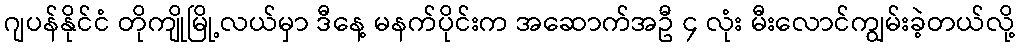
ဂျပန်နိုင်ငံ တိုကျိုမြို့လယ်မှာ ဒီနေ့ မနက်ပိုင်းက အဆောက်အဦ ၄ လုံး မီးလောင်ကျွမ်းခဲ့တယ်လို့